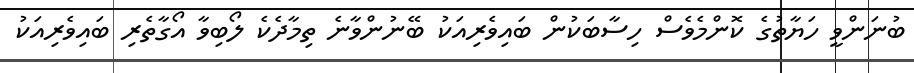
ބުނަންވީ ހަޔާތުގެ ކޮންމެވެސް ހިސާބަކުން ބައިވެރިއަކު ބޭނުންވާނެ ތިމާދެކެ ލޯބިވާ އޯގާތެރި ބައިވެރިއަކު